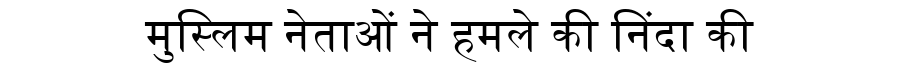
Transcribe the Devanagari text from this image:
मुस्लिम नेताओं ने हमले की निंदा की